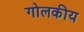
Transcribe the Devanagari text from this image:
गोलकीय